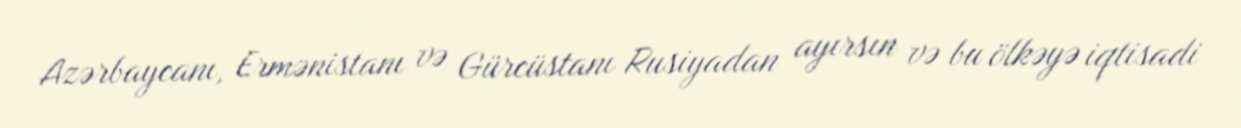
Azərbaycanı, Ermənistanı və Gürcüstanı Rusiyadan ayırsın və bu ölkəyə iqtisadi